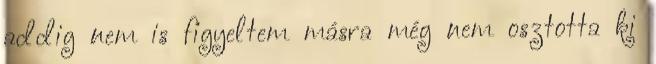
addig nem is figyeltem másra még nem osztotta ki